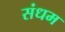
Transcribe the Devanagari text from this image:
संधम